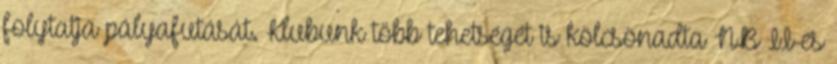
folytatja pályafutását. Klubunk több tehetségét is kölcsönadta NB II-es